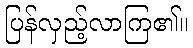
ပြန်လှည့်လာကြ၏။